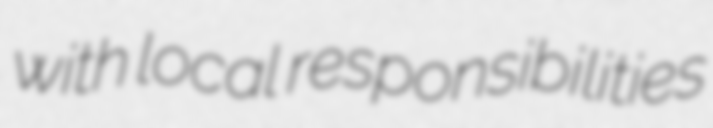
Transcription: with local responsibilities